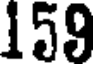
159